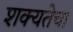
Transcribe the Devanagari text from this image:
शक्यतेचा